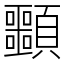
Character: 䫷